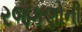
રજકણોની